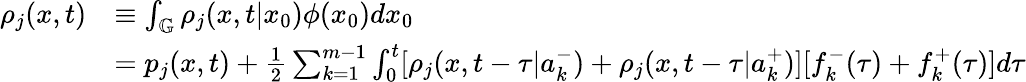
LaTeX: \begin{array}{rl}{\rho_{j}(x,t)}&{\equiv\int_{\mathbb G}\rho_{j}(x,t|x_{0})\phi(x_{0})dx_{0}}\\ &{=p_{j}(x,t)+\frac{1}{2}\sum_{k=1}^{m-1}\int_{0}^{t}[\rho_{j}(x,t-\tau|a_{k}^{-})+\rho_{j}(x,t-\tau|a_{k}^{+})][f_{k}^{-}(\tau)+f_{k}^{+}(\tau)]d\tau}\end{array}